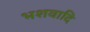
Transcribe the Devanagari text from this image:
भशवादि